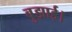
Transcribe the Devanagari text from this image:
बुझाई।